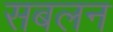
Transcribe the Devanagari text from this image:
सबलन